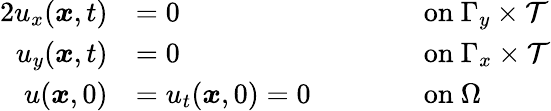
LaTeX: \begin{array}{rlrl}{{2}u_{x}(\boldsymbol{x},t)}&{=0}&&{\qquad\mathrm{on~}\Gamma_{y}\times\mathcal{T}}\\ {u_{y}(\boldsymbol{x},t)}&{=0}&&{\qquad\mathrm{on~}\Gamma_{x}\times\mathcal{T}}\\ {u(\boldsymbol{x},0)}&{=u_{t}(\boldsymbol{x},0)=0}&&{\qquad\mathrm{on~}\Omega}\end{array}